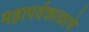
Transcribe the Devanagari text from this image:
महापर्वकाळाचे